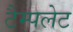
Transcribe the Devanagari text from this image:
टैम्पलेट